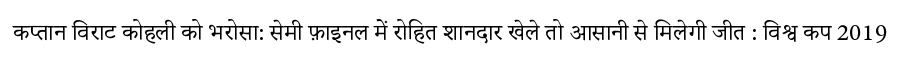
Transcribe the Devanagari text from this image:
कप्तान विराट कोहली को भरोसा: सेमी फ़ाइनल में रोहित शानदार खेले तो आसानी से मिलेगी जीत : विश्व कप 2019